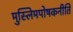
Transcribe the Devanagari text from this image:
मुस्लिमपोषकनीति